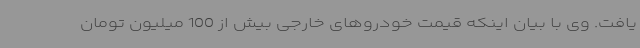
یافت. وی با بیان اینکه قیمت خودروهای خارجی بیش از 100 میلیون تومان